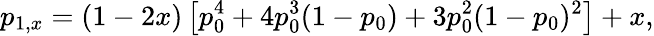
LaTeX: p_{1,x}=(1-2x)\left[p_{0}^{4}+4p_{0}^{3}(1-p_{0})+3p_{0}^{2}(1-p_{0})^{2}\right]+x,